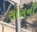
સોસની